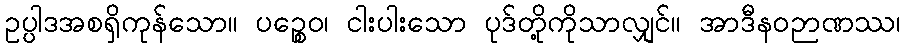
ဥပ္ပါဒအစရှိကုန်သော။ ပဉ္စေဝ၊ ငါးပါးသော ပုဒ်တို့ကိုသာလျှင်။ အာဒီနဝဉာဏဿ၊